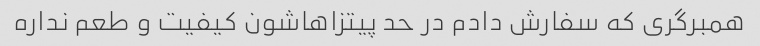
همبرگری که سفارش دادم در حد پیتزاهاشون کیفیت و طعم نداره